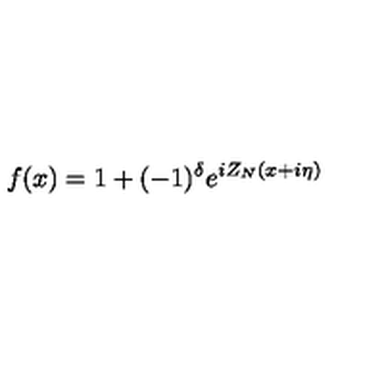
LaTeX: f ( x ) = 1 + ( - 1 ) ^ { \delta } e ^ { i Z _ { N } ( x + i \eta ) }